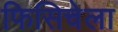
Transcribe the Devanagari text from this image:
फिसिचेला